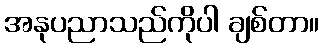
အနုပညာသည်ကိုပါ ချစ်တာ။